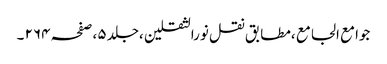
جوامع الجامع ،مطابق نقل نورالثقلین ،جلد ٥ ،صفحہ ٢٦٤ ۔